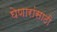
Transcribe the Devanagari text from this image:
घेणारांसाठी